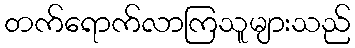
တက်ရောက်လာကြသူများသည်